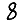
Digit: 8